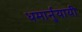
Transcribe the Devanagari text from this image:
धमार्नुयायी